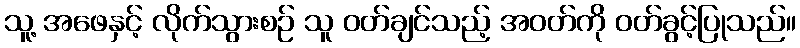
သူ့ အဖေနှင့် လိုက်သွားစဉ် သူ ဝတ်ချင်သည့် အဝတ်ကို ဝတ်ခွင့်ပြုသည်။